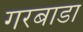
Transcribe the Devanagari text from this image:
गरबाडा